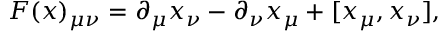
{ \cal F } ( x ) _ { \mu \nu } = \partial _ { \mu } x _ { \nu } - \partial _ { \nu } x _ { \mu } + [ x _ { \mu } , x _ { \nu } ] ,